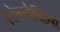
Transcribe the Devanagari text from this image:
स्टेनलेबिल्स